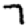
Digit: 7